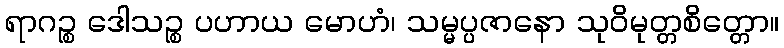
ရာဂဉ္စ ဒေါသဉ္စ ပဟာယ မောဟံ၊ သမ္မပ္ပဇာနော သုဝိမုတ္တစိတ္တော။